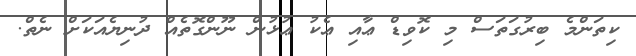
ކިތަންމެ ބިރުގަތަސް މި ކޮވިޑް ޢާއި ޢެކު ޢުޅުން ނޫންގޮތެއް ދުނިޔެއަކަށް ނެތް.